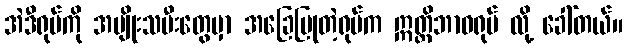
အဲဒီရုပ်ကို အမျိုးသမီးတွေမှာ အခြေပြုတဲ့ရုပ်က ဣတ္တိဘာဝရုပ် လို့ ခေါ်တယ်။